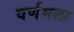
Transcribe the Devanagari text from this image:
वर्णमला